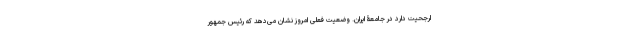
ارجحیت دارد در جامعۀ ایران. وضعیت فعلی امروز نشان می‌دهد که رئیس جمهور